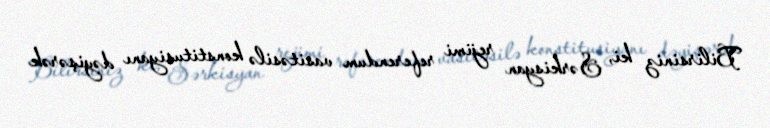
Bilirsiniz ki, Sərkisyan rejimi referendum vasitəsilə konstitusiyanı dəyişərək